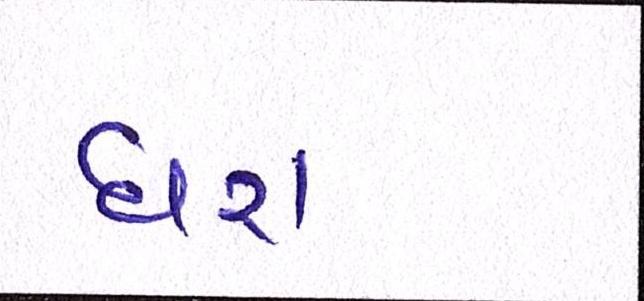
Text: ધરા